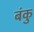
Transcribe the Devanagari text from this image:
बंकु